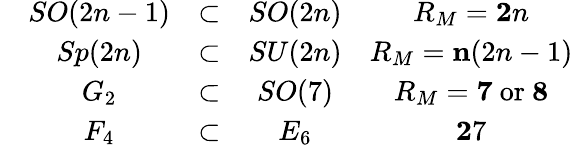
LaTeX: \begin{array}{ccccc}{{}}&{{SO(2n-1)}}&{{\subset}}&{{SO(2n)}}&{{R_{M}={\mathbf 2n}}}\\ {{}}&{{Sp(2n)}}&{{\subset}}&{{SU(2n)}}&{{R_{M}={\mathbf n(2n-1)}}}\\ {{}}&{{G_{2}}}&{{\subset}}&{{SO(7)}}&{{R_{M}={\mathbf 7}\mathrm{\ or\ }{\mathbf 8}}}\\ {{}}&{{F_{4}}}&{{\subset}}&{{E_{6}}}&{{{\mathbf 27}}}\end{array}